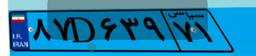
۸۷D۶۳۹۷۱